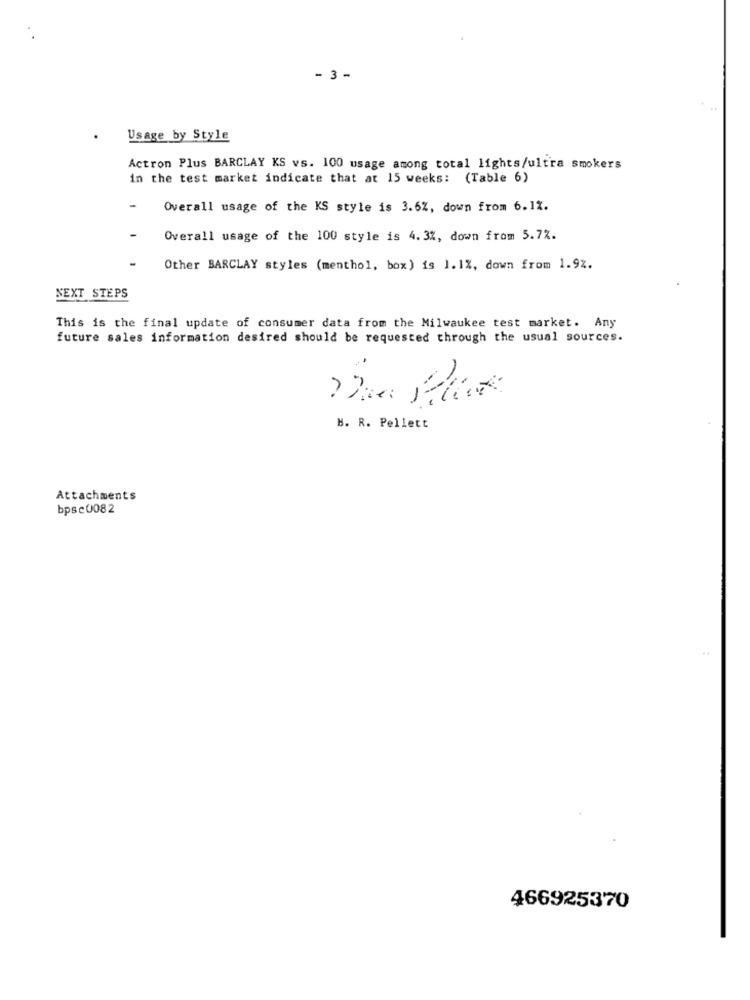
- 3-
Usage by Style
Actron Plus BARCLAY KS vs. 100 usage among total lights/ultra smokers
in the test market indicate that at 15 weeks: (Table 6)
-
Overall usage of the KS style is 3.6%, down from 6.1%.
Overall usage of the 100 style is 4.3%, down from 5.72.
Other BARCLAY styles (menthol, box) is 1.1%, down from 1.9%.
NEXT STEPS
This is the final update of consumer data from the Milwaukee test market. Any
future sales information desired should be requested through the usual sources.
r.
H. R. Pellett
Attachments
bps c 0082
466925370